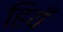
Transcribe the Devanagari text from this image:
हियँ